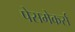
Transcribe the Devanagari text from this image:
पेसमेकर्स